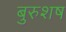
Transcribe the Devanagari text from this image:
बुरुशष